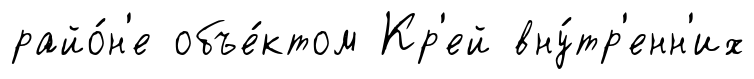
райо́н'е объе́ктом Кр'ей вну́тр'енн'их